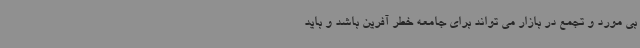
بی مورد و تجمع در بازار می تواند برای جامعه خطر آفرین باشد و باید